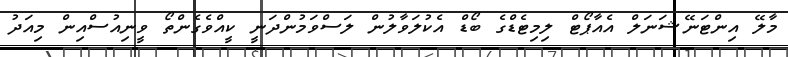
މާލޭ އިންޓަނޭޝަނަލް އެއާޕޯޓް ލިމިޓެޑްގެ ބޯޑް އެކުލަވާލުން ލަސްވަމުންދަނީ ކީއްވެގެންތޯ ވީނިއުސްއިން މިއަދު